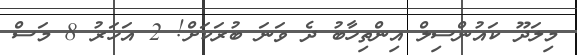
މިލަދޫ ކައުންސިލް އިންތިހާބު ދެ ވަނަ ބުރަކަށް! 2 އަހަރު 8 މަސް